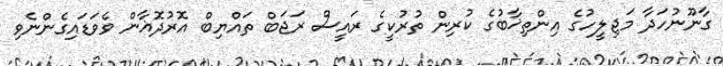
ގާނޫނުހަދާ މަޖިލީހުގެ އިންތިޚާބުގެ ކުރިން ތުރުކީގެ ރައީސް ރަޖަބް ތައްޔިބް އޮރުދޮޣާން ވެވަޑައިގެންނެވި